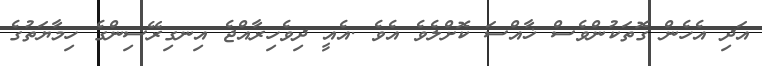
އަދި އެހެން ގޮތަކުންވެސް ޚާއްސަ ކޮށްލެވެ އެވެ .އެއީ ދިވެހިރާއްޖެ އިނގިރޭސިންގެ ހިމާޔަތުގެ